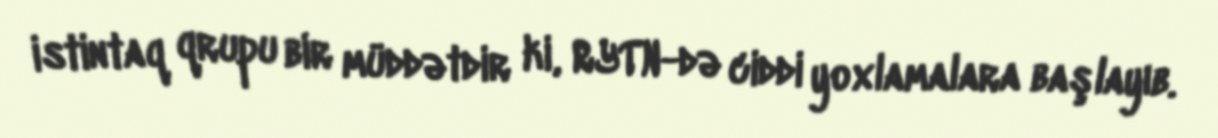
istintaq qrupu bir müddətdir ki, RYTN-də ciddi yoxlamalara başlayıb.